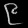
Digit: ၉